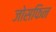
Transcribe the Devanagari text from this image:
जोसफिन